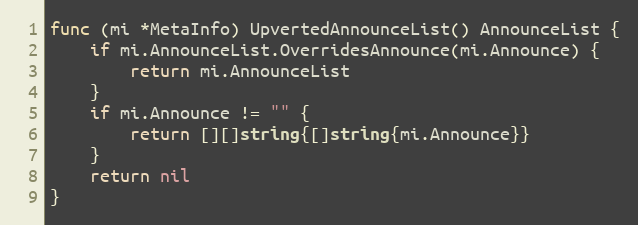
Language: Go
func (mi *MetaInfo) UpvertedAnnounceList() AnnounceList {
	if mi.AnnounceList.OverridesAnnounce(mi.Announce) {
		return mi.AnnounceList
	}
	if mi.Announce != "" {
		return [][]string{[]string{mi.Announce}}
	}
	return nil
}